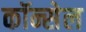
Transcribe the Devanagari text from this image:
कॉन्सेल